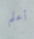
أعلم